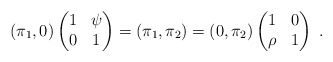
\begin{align*}(\pi_1,0)\begin{pmatrix} 1& \psi \\ 0 &1\end{pmatrix}= (\pi_1, \pi_2) =(0, \pi_2)\begin{pmatrix} 1& 0\\ \rho &1\end{pmatrix} \ .\end{align*}